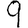
Digit: 9